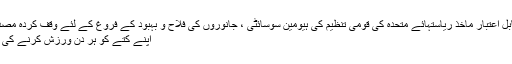
[3] ایکس قابل اعتبار ماخذ ریاستہائے متحدہ کی قومی تنظیم کی ہیومین سوسائٹی ، جانوروں کی فلاح و بہبود کے فروغ کے لئے وقف کردہ مصدر پر جائیں
اپنے کتے کو ہر دن ورزش کرنے کی اجازت دیں۔